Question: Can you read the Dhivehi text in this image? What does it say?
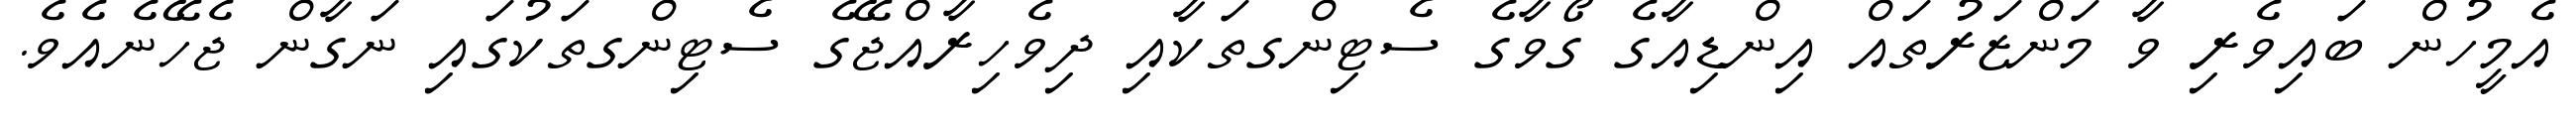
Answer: އެމީހުން ބައިވެރި ވާ މަންޒަރުތައް އިންޑިއާގެ ގޯވާގެ ސެޓިންގތަކާއި ދިވެހިރާއްޖޭގެ ސެޓިންގތަކުގައި ނަގާން ޖެހޭނެއެވެ.